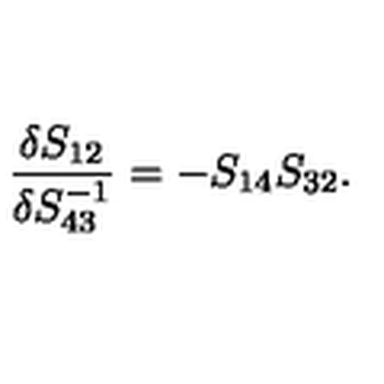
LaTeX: \frac { \delta S _ { 1 2 } } { \delta S _ { 4 3 } ^ { - 1 } } = - S _ { 1 4 } S _ { 3 2 } .